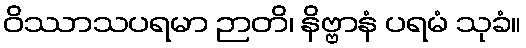
ဝိဿာသပရမာ ဉာတိ၊ နိဗ္ဗာနံ ပရမံ သုခံ။